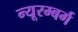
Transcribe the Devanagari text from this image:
न्यूरम्बर्ग